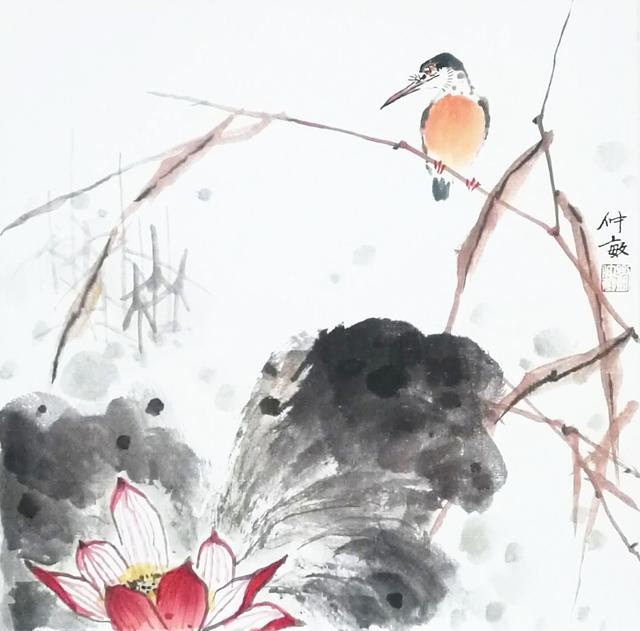
花隐掖垣暮，啾啾栖鸟过。